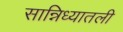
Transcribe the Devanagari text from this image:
सान्निध्यातली